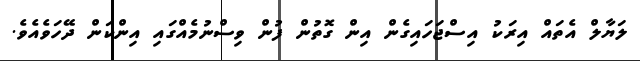
ލަޔާލް އެތައް އިރަކު އިސްޖަހައިގެން އިން ގޮތުން ފުން ވިސްނުމެއްގައި އިންކަން ދޭހަވެއެވެ.